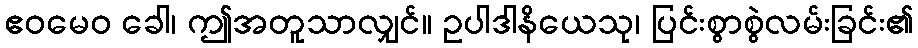
ဧဝမေဝ ခေါ၊ ဤအတူသာလျှင်။ ဥပါဒါနိယေသု၊ ပြင်းစွာစွဲလမ်းခြင်း၏